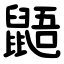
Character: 鼯